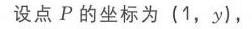
设点 \(P\) 的坐标为 \((1, y)\)，